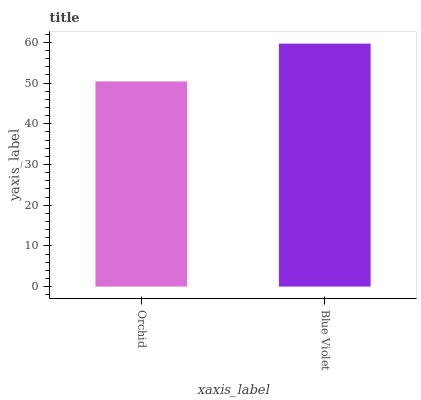
| xaxis_label | bars |
 | --- | --- |
 | Orchid | 50.4 |
 | Blue Violet | 59.7 |